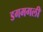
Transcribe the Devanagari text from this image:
डगमगली